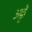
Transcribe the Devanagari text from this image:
अट्टी